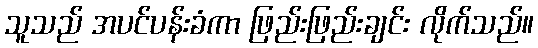
သူသည် အပင်ပန်းခံကာ ဖြည်းဖြည်းချင်း လိုက်သည်။